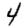
Digit: 4